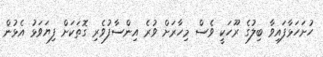
ހުށަހަޅާފައިވާ ބިލުގެ ރޫހަކީ ވެސް މިހާރަށް ވުރެ އިންސާފުވެރި ގޮތަކަށް ފިޔަވަޅު އެޅުން